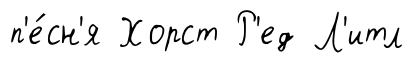
п'е́сн'я Хорст Р'ед Л'итл